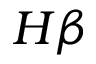
H \beta